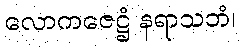
လောကဇေဋ္ဌံ နရာသဘံ၊